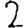
Digit: 2